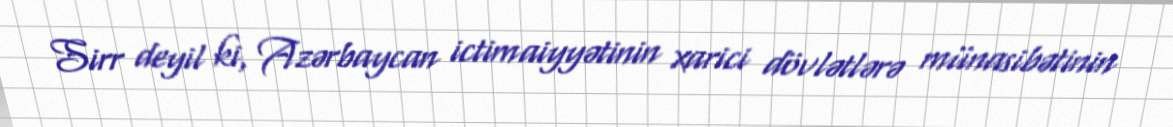
Sirr deyil ki, Azərbaycan ictimaiyyətinin xarici dövlətlərə münasibətinin